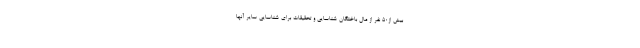
بیش از۵۰ نفر از مال باختگان شناسایی و تحقیقات برای شناسایی سایر آنها